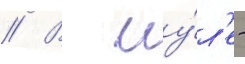
// В иу́л'е -